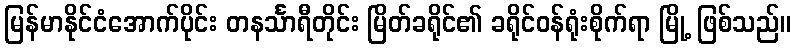
မြန်မာနိုင်ငံအောက်ပိုင်း တနင်္သာရီတိုင်း မြိတ်ခရိုင်၏ ခရိုင်ဝန်ရုံးစိုက်ရာ မြို့ ဖြစ်သည်။